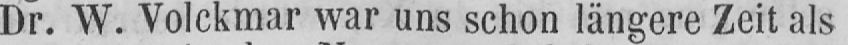
Dr. W. Volckmar war uns schon längere Zeit als